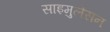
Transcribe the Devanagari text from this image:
साइमुलेसन